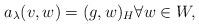
LaTeX: \begin{align*}a_\lambda(v,w) =(g,w)_H \forall w\in W, \end{align*}